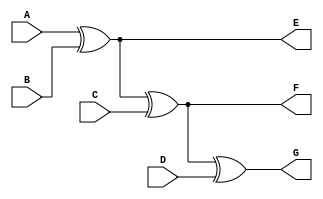
`timescale 1ns / 1ps

module four_input_XOR_gate_b(
    input A,
    input B,
    output E,    
    input C,
    output F,    
    input D,
    output G
    );
    
    assign E = A ^ B;
    assign F = E ^ C;
    assign G = F ^ D;
endmodule